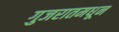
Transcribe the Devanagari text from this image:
गुजरातमधून